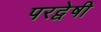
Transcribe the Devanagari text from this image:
परद्वेषी